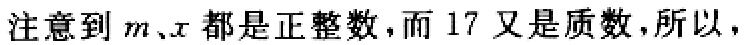
注意到 \(m、x\) 都是正整数，而 \(17\) 又是质数，所以，